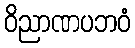
ဝိညာဏပဘဝံ